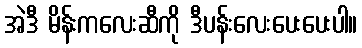
အဲဒီ မိန်းကလေးဆီကို ဒီပန်းလေးပေးပေးပါ။